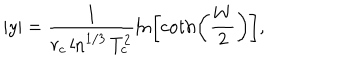
LaTeX: | y | = \frac { 1 } { r _ { c } \ln ^ { 1 / 3 } T _ { c } ^ { 2 } } \ln \left[ \coth \left( \frac { W } { 2 } \right) \right] ,